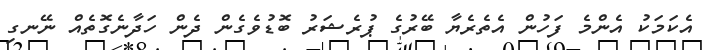
އެކަމަކު އެންމެ ފަހުން އެތެރެޔާ ބޭރުގެ ޕުރެޝަރު ބޮޑުވެގެން ދެން ހަދާނެގޮތެއް ނޭނގި